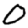
Digit: 0